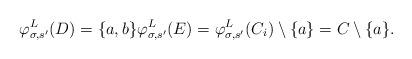
LaTeX: \begin{align*}\varphi^L_{\sigma, s'}(D) = \{a, b\} \varphi^L_{\sigma, s'}(E) = \varphi^L_{\sigma, s'}(C_i) \setminus \{a\} = C \setminus \{a\}.\end{align*}